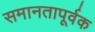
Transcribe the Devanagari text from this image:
समानतापूर्वक